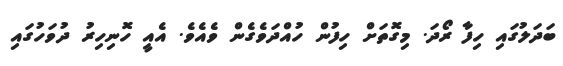
ބަދަލުގައި ހިފާ ރޯދަ. މިގޮތަށް ހިފުން ހުއްދަވެގެން ވެއެވެ. އެއީ ހޮނިހިރު ދުވަހުގައި